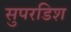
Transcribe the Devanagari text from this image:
सुपरडिश